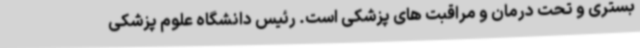
بستری و تحت درمان و مراقبت های پزشکی است. رئیس دانشگاه علوم پزشکی